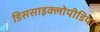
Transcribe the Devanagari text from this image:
डिससाइक्लोपीडिया